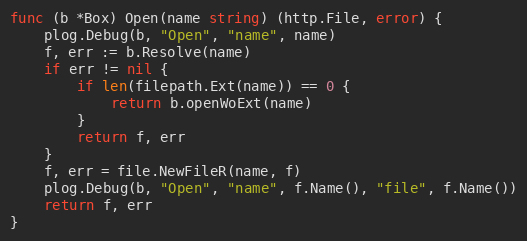
Language: Go
func (b *Box) Open(name string) (http.File, error) {
	plog.Debug(b, "Open", "name", name)
	f, err := b.Resolve(name)
	if err != nil {
		if len(filepath.Ext(name)) == 0 {
			return b.openWoExt(name)
		}
		return f, err
	}
	f, err = file.NewFileR(name, f)
	plog.Debug(b, "Open", "name", f.Name(), "file", f.Name())
	return f, err
}